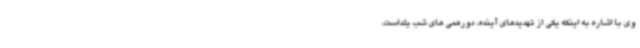
وی با اشاره به اینکه یکی از تهدیدهای آینده، دورهمی های شب یلداست،